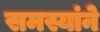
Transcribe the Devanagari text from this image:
समस्यांने